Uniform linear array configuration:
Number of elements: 16
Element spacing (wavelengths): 0.5
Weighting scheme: binomial
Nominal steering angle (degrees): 30
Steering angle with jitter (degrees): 28.42
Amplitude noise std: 0.05
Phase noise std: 0.05

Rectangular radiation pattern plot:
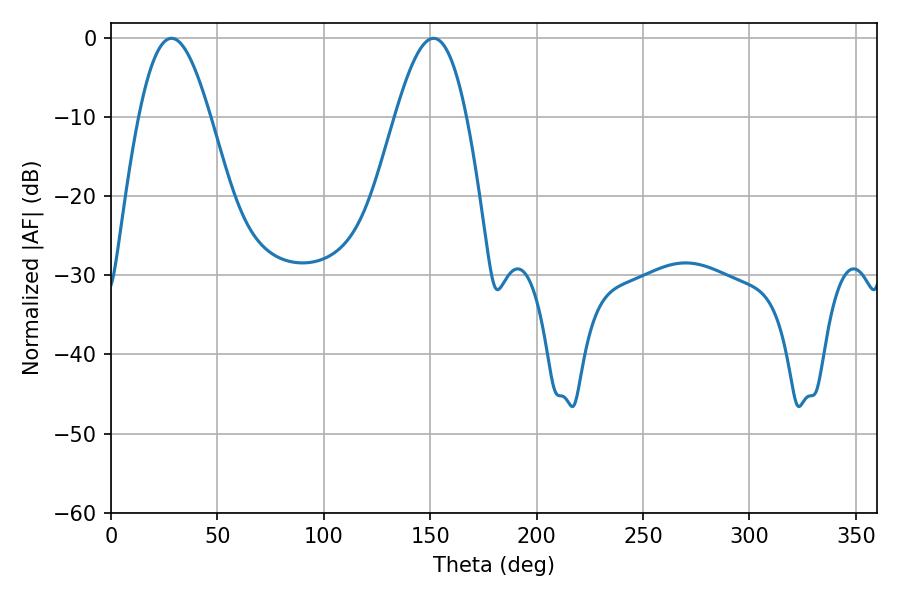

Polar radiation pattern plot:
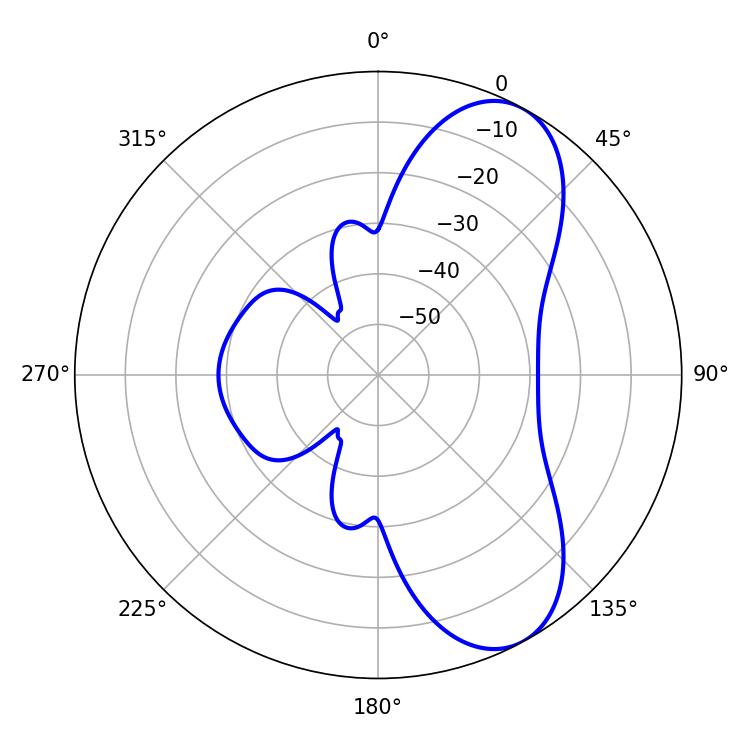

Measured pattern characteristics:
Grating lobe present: FALSE
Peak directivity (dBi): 7.749
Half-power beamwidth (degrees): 18.18
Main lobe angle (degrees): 28.44